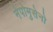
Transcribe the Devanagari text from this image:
नेपोमुसेनो